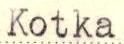
Kotka